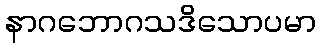
နာဂဘောဂသဒိသောပမာ